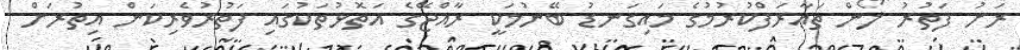
ރަށު ފަތުރު ލޯން ތަޢާރަފްކުރުމުގެ މައިގަނޑު ބޭނުމަކީ ރާއްޖޭގެ އަތޮޅުތަކުގައި ފަތުރުވެރިކަން އިތުރަށް